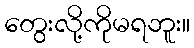
တွေးလို့ကိုမရဘူး။